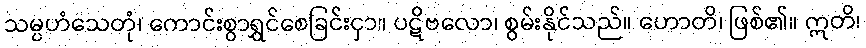
သမ္ပဟံသေတုံ၊ ကောင်းစွာရွှင်စေခြင်းငှာ။ ပဋိဗလော၊ စွမ်းနိုင်သည်။ ဟောတိ၊ ဖြစ်၏။ ဣတိ၊